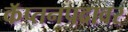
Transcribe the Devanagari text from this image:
कॅप्तनपदावर